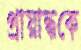
প্রায়ান্ধকে